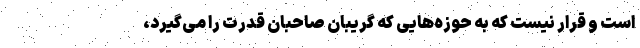
است و قرار نیست که به حوزه‌هایی که گریبان صاحبان قدرت را می‌گیرد،